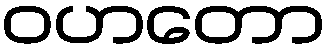
ဝဟတော